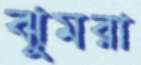
ঝুমরা